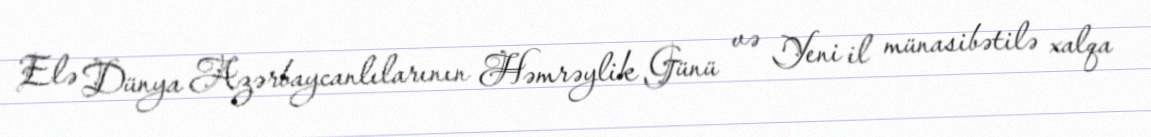
Elə Dünya Azərbaycanlılarının Həmrəylik Günü və Yeni il münasibətilə xalqa